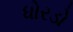
ધોરડો